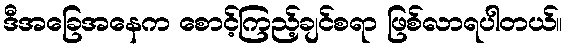
ဒီအခြေအနေက စောင့်ကြည့်ချင်စရာ ဖြစ်လာရပါတယ်။